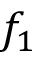
f _ { 1 }